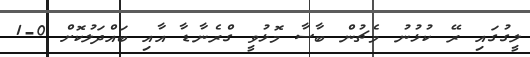
ލީގުގައި ރޭ ކުޅުނު މެޗުން ބާސާ މޮޅުވީ ގްރެނާޑާ އާއި ބައްދަލުކޮށް 0-1